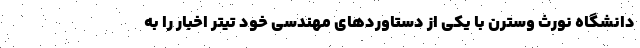
دانشگاه نورث وسترن با یکی از دستاوردهای مهندسی خود تیتر اخبار را به